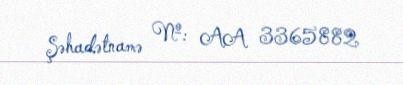
Şəhadətnamə №: AA 3365882